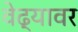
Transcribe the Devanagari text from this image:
वेढ्यावर